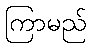
ကြာမည်